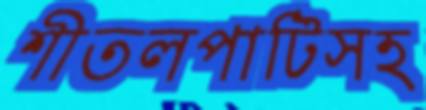
শীতলপাটিসহ